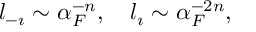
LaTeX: l _ { - \i } \sim \alpha _ { F } ^ { - n } , \quad l _ { \i } \sim \alpha _ { F } ^ { - 2 n } ,